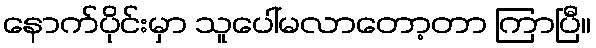
နောက်ပိုင်းမှာ သူပေါ်မလာတော့တာ ကြာပြီ။